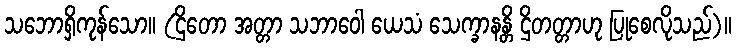
သဘောရှိကုန်သော။ (ဌိတော အတ္တာ သဘာဝေါ ယေသံ သေက္ခာနန္တိ ဌိတတ္တာဟု ပြုစေလိုသည်)။